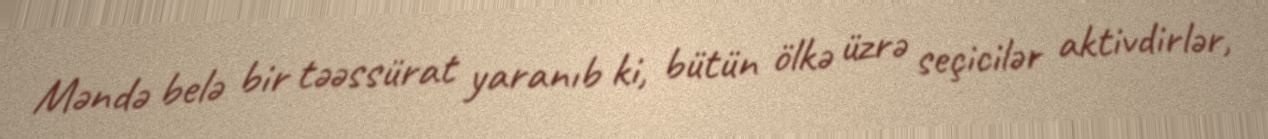
Məndə belə bir təəssürat yaranıb ki, bütün ölkə üzrə seçicilər aktivdirlər,